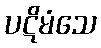
ပဋိမံသေ